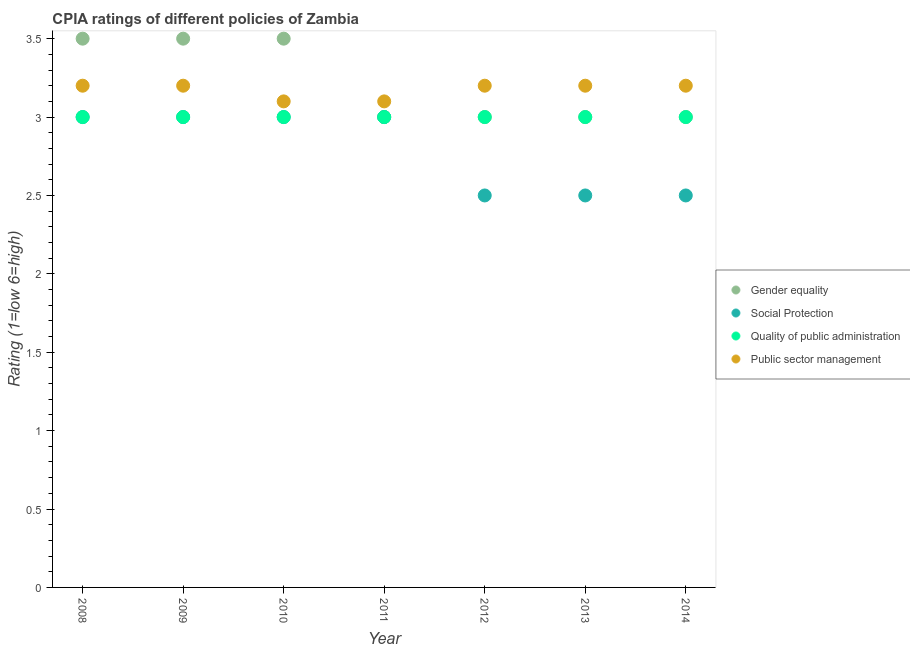
| Year | Gender equality | Social Protection | Quality of public administration | Public sector management |
 | --- | --- | --- | --- | --- |
 | 2008 | 3.5 | 3 | 3 | 3.2 |
 | 2009 | 3.5 | 3 | 3 | 3.2 |
 | 2010 | 3.5 | 3 | 3 | 3.1 |
 | 2011 | 3 | 3 | 3 | 3.1 |
 | 2012 | 3 | 2.5 | 3 | 3.2 |
 | 2013 | 3 | 2.5 | 3 | 3.2 |
 | 2014 | 3 | 2.5 | 3 | 3.2 |